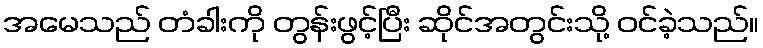
အမေသည် တံခါးကို တွန်းဖွင့်ပြီး ဆိုင်အတွင်းသို့ ဝင်ခဲ့သည်။